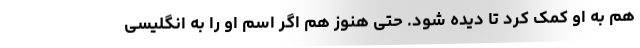
هم به او کمک کرد تا دیده شود. حتی هنوز هم اگر اسم او را به انگلیسی